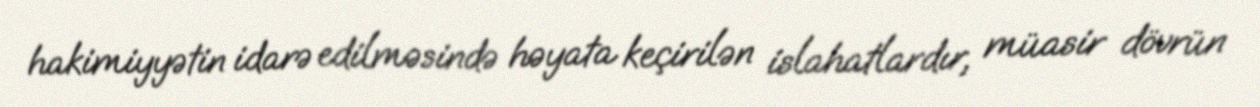
hakimiyyətin idarə edilməsində həyata keçirilən islahatlardır, müasir dövrün